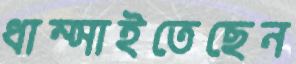
ধাম্‌সাইতেছেন